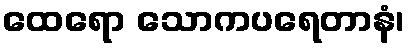
ထေရော သောကပရေတာနံ၊